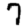
Digit: 7